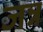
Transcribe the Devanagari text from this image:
जन्न